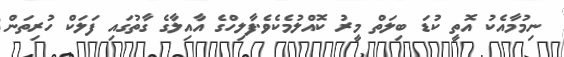
ނިމުމާއެކު އޮތީ ކުޑަ ބިލަތް މީރު ކޮއްލުމެކެވެ.ފާލިހްގެ އާއިލާގެ ގާތުގައި ފަލަކް ހުރިތަން